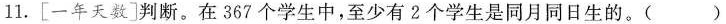
11.[一年天数]判断。在367个学生中，至少有2个学生是同月同日生的。()